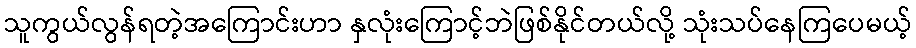
သူကွယ်လွန်ရတဲ့အကြောင်းဟာ နှလုံးကြောင့်ဘဲဖြစ်နိုင်တယ်လို့ သုံးသပ်နေကြပေမယ့်